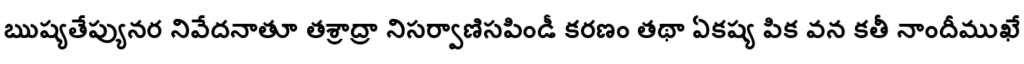
ఋష్యతేప్యునర నివేదనాతూ తశ్రాద్రా నిసర్వాణిసపిండీ కరణం తథా ఏకష్య పిక వన కతీ నాందీముఖే